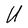
Character: U